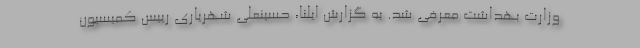
وزارت بهداشت معرفی شد. به گزارش ایلنا، حسینعلی شهریاری رییس کمیسیون